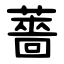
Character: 薔